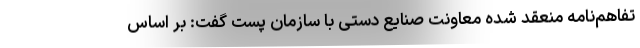
تفاهم‌نامه منعقد شده معاونت صنایع دستی با سازمان پست گفت: بر اساس